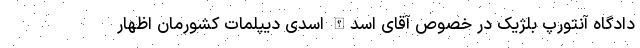
دادگاه آنتورپ بلژیک در خصوص آقای اسدالله اسدی دیپلمات کشورمان اظهار